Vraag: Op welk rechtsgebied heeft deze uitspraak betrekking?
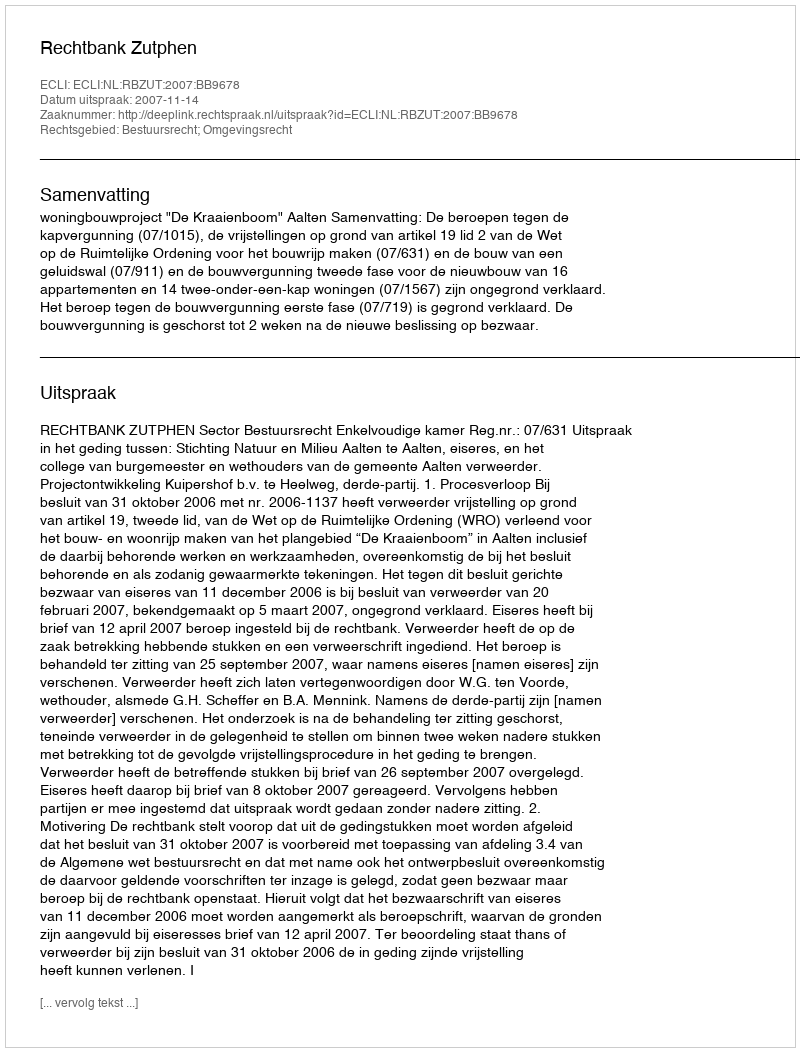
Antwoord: Bestuursrecht; Omgevingsrecht